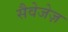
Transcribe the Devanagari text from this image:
सैवेजेज़